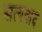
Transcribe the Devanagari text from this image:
सत्यवाद